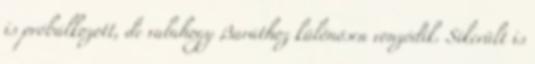
is próbálkozott, de valahogy Baráthoz különösen vonzódik. Sikerült is